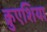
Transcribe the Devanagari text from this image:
क्रुएशिया